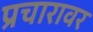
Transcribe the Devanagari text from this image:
प्रचारावर